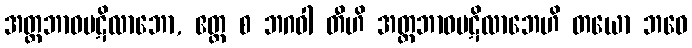
အတ္တဘာဝပဋိလာဘော, ဧတ္ထ စ ဘဂဝါ တီဟိ အတ္တဘာဝပဋိလာဘေဟိ တယော ဘဝေ